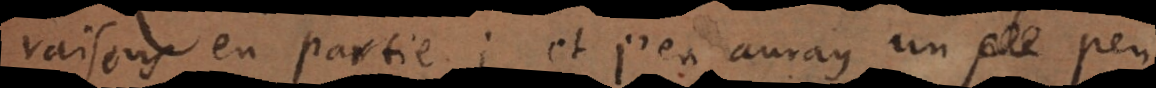
raisons en partie; et j’en auray un peu